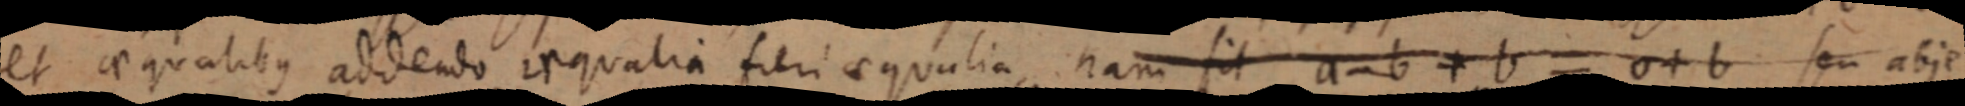
et aequalibus addendo aequalia fieri aequalia, nam fit a - b + b = a + b seu abje